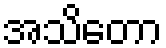
အသိတော